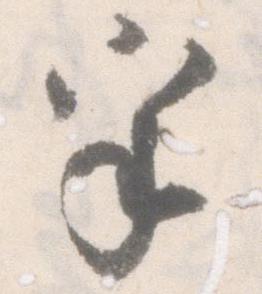
乎